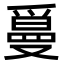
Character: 𤔫